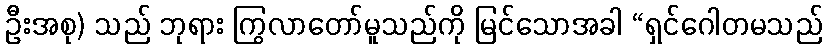
ဦးအစု) သည် ဘုရား ကြွလာတော်မူသည်ကို မြင်သောအခါ “ရှင်ဂေါတမသည်